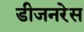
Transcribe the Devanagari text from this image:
डीजनरेस